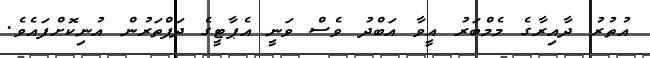
އުތުރު ދާއިރާގެ މެމްބަރު އީވާ އަބްދު ވެސް ވަނީ އެޕާޓީގެ ދަފްތަރުން އުނިކޮށްފައެވެ.